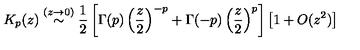
K _ { p } ( z ) \stackrel { ( z \rightarrow 0 ) } { \sim } \frac { 1 } { 2 } \left[ \Gamma ( p ) \left( \frac { z } { 2 } \right) ^ { - p } + \Gamma ( - p ) \left( \frac { z } { 2 } \right) ^ { p } \right] \left[ 1 + O ( z ^ { 2 } ) \right]